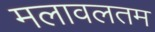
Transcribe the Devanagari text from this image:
मलावलतम